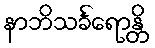
နာဘိသင်္ခရောန္တိ